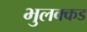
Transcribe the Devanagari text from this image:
भुलक्कड